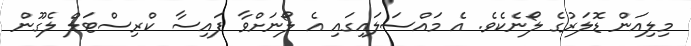
މިލިއަން ޑޮލަރުގެ ލޯނެކެވެ. އެ މައްސަލައިގައި އެ ލޯނަށްވާ ފައިސާ ކްރިސްޓަލް ލެގޫން